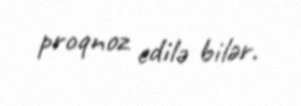
proqnoz edilə bilər.